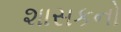
શાસકનો